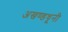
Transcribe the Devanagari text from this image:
अखण्डधूनी